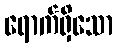
ရောက်ရှိသော